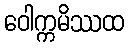
ဝေါက္ကမိဿထ